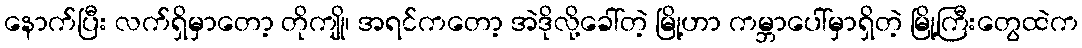
နောက်ပြီး လက်ရှိမှာတော့ တိုကျို၊ အရင်ကတော့ အဲဒိုလို့ခေါ်တဲ့ မြို့ဟာ ကမ္ဘာပေါ်မှာရှိတဲ့ မြို့ကြီးတွေထဲက